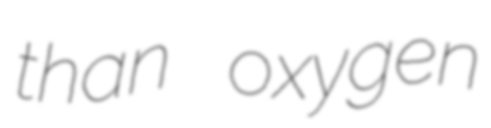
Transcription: than oxygen